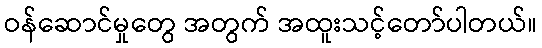
ဝန်ဆောင်မှုတွေ အတွက် အထူးသင့်တော်ပါတယ်။